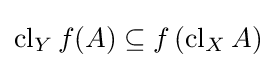
\operatorname {cl} _{Y}f(A)\subseteq f\left(\operatorname {cl} _{X}A\right)